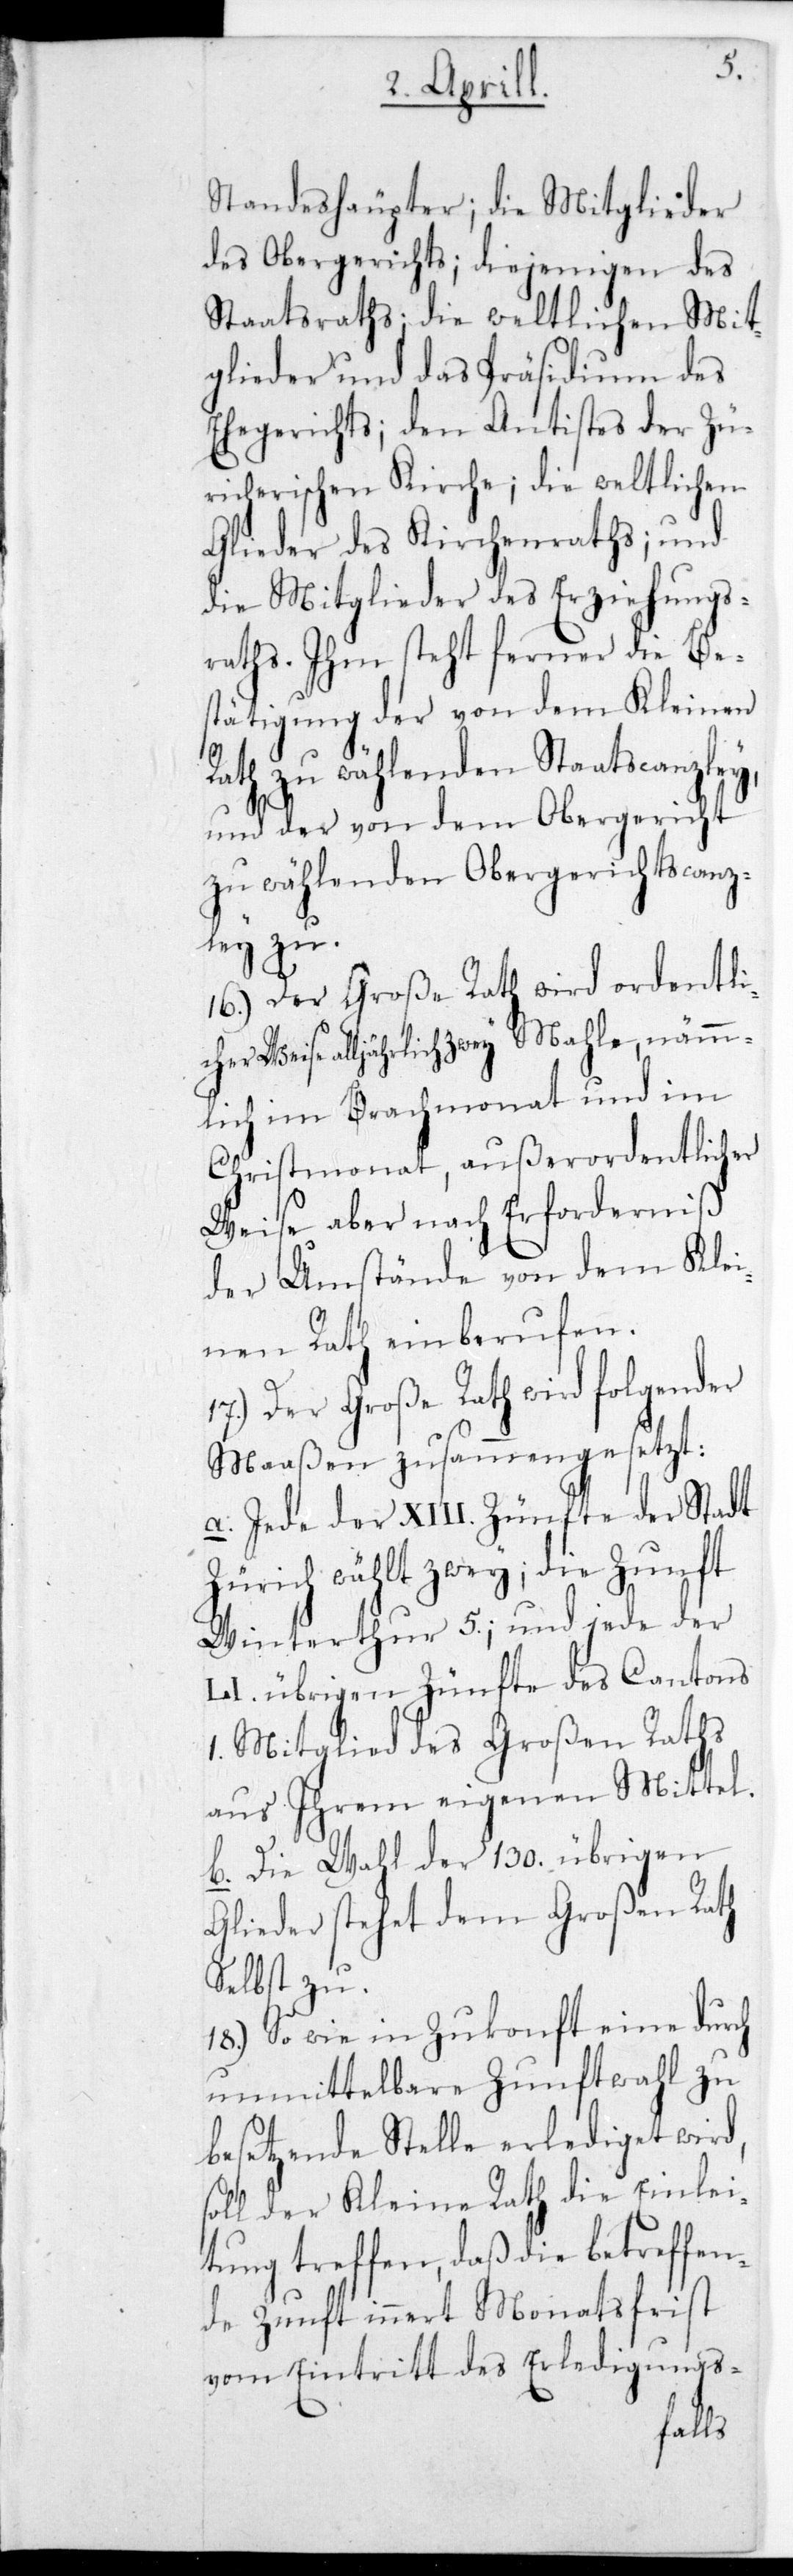
Standeshäupter; die Mitglieder
des Obergerichts; diejenigen des
Staatsraths; die weltlichen Mit¬
glieder und das Präsidium des
Ehegerichts; den Antistes der Zü¬
richerischen Kirche, die weltlichen
Glieder des Kirchenraths; und
die Mitglieder des Erziehungs¬
raths. Ihm steht ferner die Be¬
stätigung der von dem Kleinen
Rath zu wählenden Staatscanzley,
und der von dem Obergericht
zu wählenden Obergerichtscanz¬
lei zu.
16.) Der Große Rath wird ordentli¬
cherweise alljährlich zwey Mahle, nämm¬
lich im Brachmonat und im
Christmonat, außerordentlicher
Weise aber nach Erforderniß
der Umstände von dem Klei¬
nen Rath einberufen.
17.) Der Große Rath wird folgender¬
Maaßen zusammengesezt:
a. Jede der XIII. Zünfte der Stadt
unft
Zürich wählt zwei; die Z¬
Winterthur 5.; und jede der
LI. übrigen Zünfte des Cantons
1. Mitglied des Großen Raths
aus Ihrem eigenen Mittel.
b. Die Wahl der 130. übrigen
Glieder stehet dem Großen Rath
Selbst zu.
18.) So wie in Zukonft eine durch
unmittelbare Zunftwahl zu
besetzende Stelle erlediget wird,
soll der Kleine Rath die Einlei¬
tung treffen, daß die betreffen¬
de Zunft innert Monatsfrist
vom Eintritt des Erledigungs-